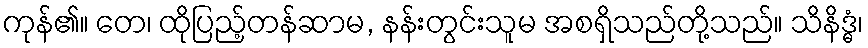
ကုန်၏။ တေ၊ ထိုပြည့်တန်ဆာမ, နန်းတွင်းသူမ အစရှိသည်တို့သည်။ သိနိဒ္ဓံ၊